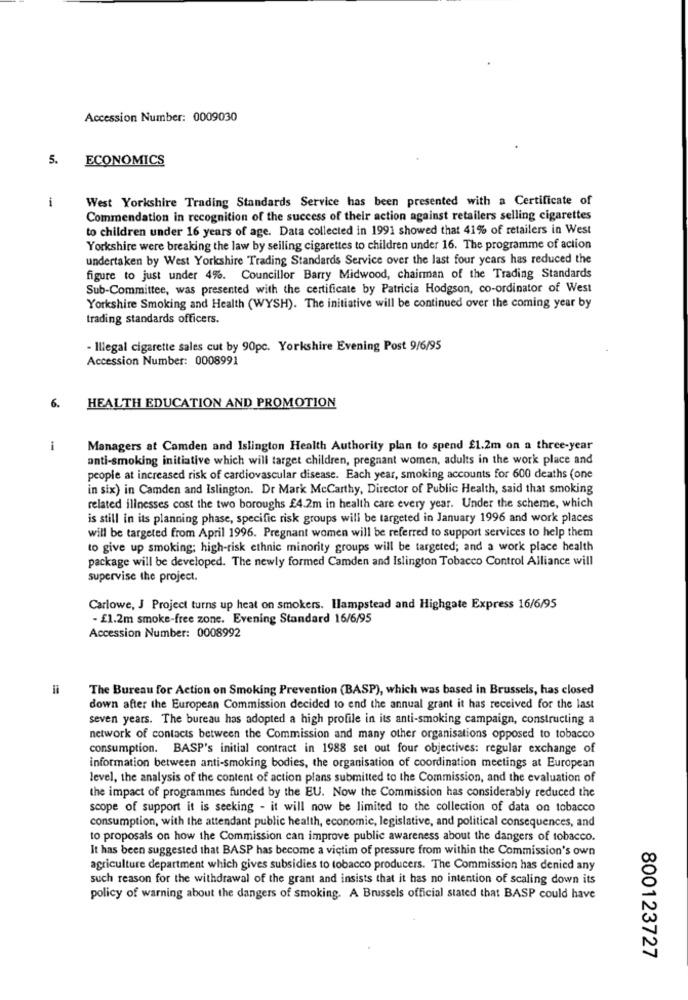
Accession Number: 0009030
5.
ECONOMICS
i
West Yorkshire Trading Standards Service has been presented with a Certificate of
Commendation in recognition of the success of their action against retailers selling cigarettes
to children under 16 years of age. Data collected in 1991 showed that 41% of retailers in West
Yorkshire were breaking the law by seiling cigarettes to children under 16. The programme of action
undertaken by West Yorkshire Trading Standards Service over the last four years has reduced the
figure to just under 4%. Councillor Barry Midwood, chairman of the Trading Standards
Sub-Committee, was presented with the certificate by Patricia Hodgson, co-ordinator of West
Yorkshire Smoking and Health (WYSH). The initiative will be continued over the coming year by
trading standards officers.
- Illegal cigarette sales cut by 90pc. Yorkshire Evening Post 9/6/95
Accession Number: 0008991
6. HEALTH EDUCATION AND PROMOTION
i
Managers at Camden and Islington Health Authority plan to spend £1.2m on a three-year
anti-smoking initiative which will target children, pregnant women, adults in the work place and
people at increased risk of cardiovascular disease. Each year, smoking accounts for 600 deaths (one
in six) in Camden and Islington. Dr Mark McCarthy, Director of Public Health, said that smoking
related illnesses cost the two boroughs £4.2m in health care every year. Under the scheme, which
is still in its planning phase, specific risk groups will be targeted in January 1996 and work places
will be targeted from April 1996. Pregnant women will be referred to support services to help them
to give up smoking: high-risk ethnic minority groups will be targeted; and a work place health
package will be developed. The newly formed Camden and Islington Tobacco Control Alliance will
supervise the project.
Carlowe, J Project turns up heat on smokers. Hampstead and Highgate Express 16/6/95
- £1.2m smoke-free zone. Evening Standard 16/6/95
Accession Number: 0008992
=
The Bureau for Action on Smoking Prevention (BASP), which was based in Brussels, has closed
down after the European Commission decided to end the annual grant it has received for the last
seven years. The bureau has adopted a high profile in its anti-smoking campaign, constructing a
network of contacts between the Commission and many other organisations opposed to tobacco
consumption. BASP's initial contract in 1988 set out four objectives: regular exchange of
information between anti-smoking bodies, the organisation of coordination meetings at European
level, the analysis of the content of action plans submitted to the Commission, and the evaluation of
the impact of programmes funded by the EU. Now the Commission has considerably reduced the
scope of support it is seeking - it will now be limited to the collection of data on tobacco
consumption, with the attendant public health, economic, legislative, and political consequences, and
to proposals on how the Commission can improve public awareness about the dangers of tobacco.
It has been suggested that BASP has become a victim of pressure from within the Commission's own
agriculture department which gives subsidies to tobacco producers. The Commission has denied any
such reason for the withdrawal of the grant and insists that it has no intention of scaling down its
policy of warning about the dangers of smoking. A Brussels official stated that BASP could have
800123727